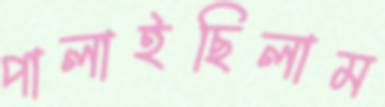
পালাইছিলাম